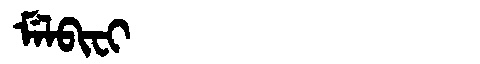
Manchu: ᠮᡝᠯᠪᡳᠸᡳ
Romanization: MELBIFI